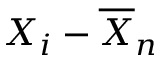
X _ { i } - { \overline { { X } } } _ { n }